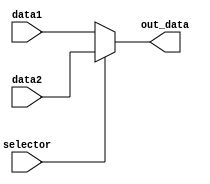
module mux2 #(parameter width = 32)(
    input wire [width-1 : 0] data1, data2,
    input wire selector,

    output wire [width-1 : 0] out_data
    );

    assign out_data = (selector? data2 : data1);
endmodule